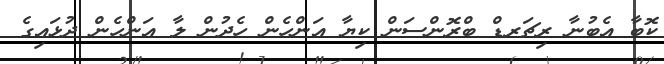
ކޮބާ އެބުނާ ރިޗަރޑް ބްރޮންސަން ކިޔާ އަންހެން ހެދުން ލާ އަންހެން ދުޅައިގެ